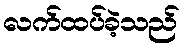
လက်ထပ်ခဲ့သည်